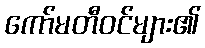
ကော်မတီဝင်များ၏